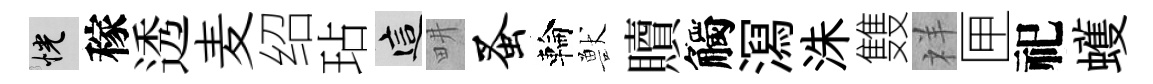
恍稼透麦绍玷這畊蚤輪獸贖觸㵼洙䨇祥匣祀蠖